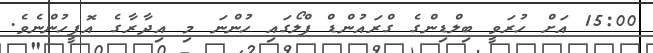
15:00 އަށް ހުރަވީ ބިލްޑިންގެ ގްރައުންޑް ފްލޯގައި ހުންނަ މި އިދާރާގެ އޮފީހުންނެވެ.